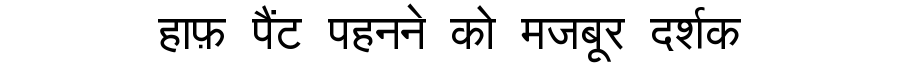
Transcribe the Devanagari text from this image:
हाफ़ पैंट पहनने को मजबूर दर्शक